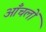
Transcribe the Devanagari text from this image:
आँचलों